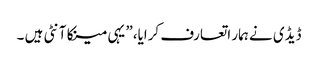
ڈیڈی نے ہمار اتعارف کرایا،” یہی مینکا آنٹی ہیں ۔